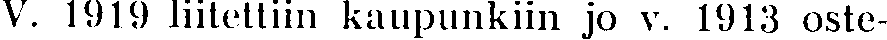
V. 1919 liitettiin kaupunkiin jo v. 1913 oste-